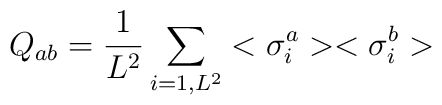
Q_{ab} = {1\over L^2}\sum_{i=1,L^2}<\sigma^a_i> <\sigma^b_i >